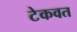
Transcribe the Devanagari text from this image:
टेकवत